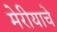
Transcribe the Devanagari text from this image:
मेरीयाचे